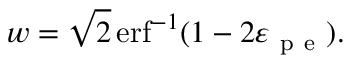
w = \sqrt { 2 } \operatorname { e r f } ^ { - 1 } ( 1 - 2 \varepsilon _ { \mathrm { ~ p ~ e ~ } } ) .